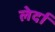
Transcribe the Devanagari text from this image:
लेर्दा